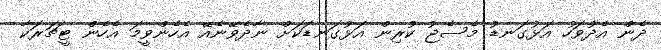
ދެން އެދުވަހު އަޅުގަނޑު މެސެޖު ކުރިން އަޅުގަނޑަކަށް ނާދެވޭނެއޭ އެހެންވީމަ އެހެން ޓީޗަރަކާ